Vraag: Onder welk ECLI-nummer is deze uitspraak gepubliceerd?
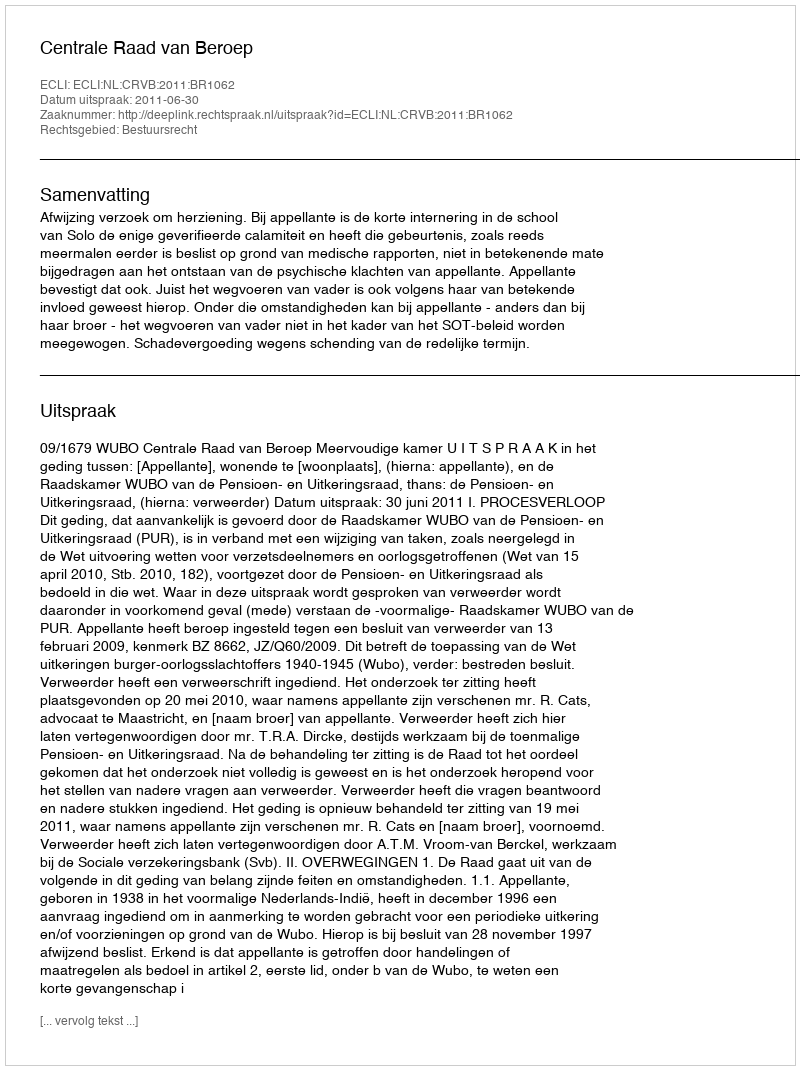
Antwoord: ECLI:NL:CRVB:2011:BR1062